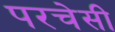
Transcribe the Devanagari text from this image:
परचेसी